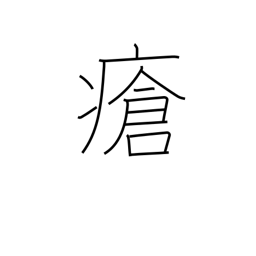
Meaning: wound